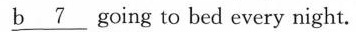
\underline{b 7} going to bed every night.